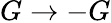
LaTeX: G\rightarrow-G